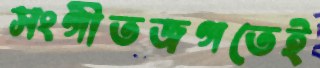
সংগীতজগতেই